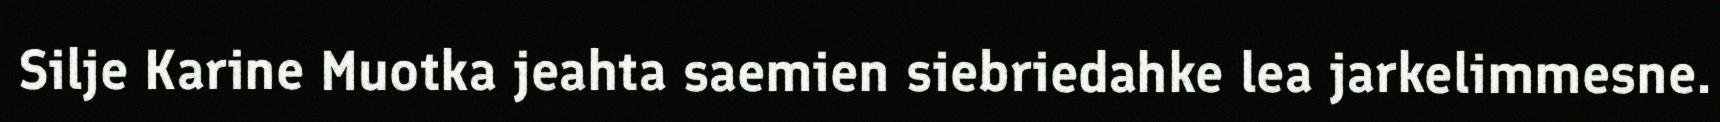
Silje Karine Muotka jeahta saemien siebriedahke lea jarkelimmesne.